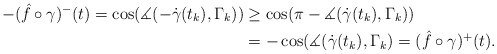
\begin{align*} -(\hat f \circ \gamma)^-(t) = \cos(\measuredangle(-\dot \gamma(t_k),\Gamma_k)) &\geq \cos(\pi - \measuredangle (\dot \gamma(t_k),\Gamma_k))\\ &= -\cos(\measuredangle(\dot \gamma(t_k),\Gamma_k) = (\hat f \circ \gamma)^+(t).\end{align*}